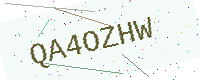
Text: QA4OZHW